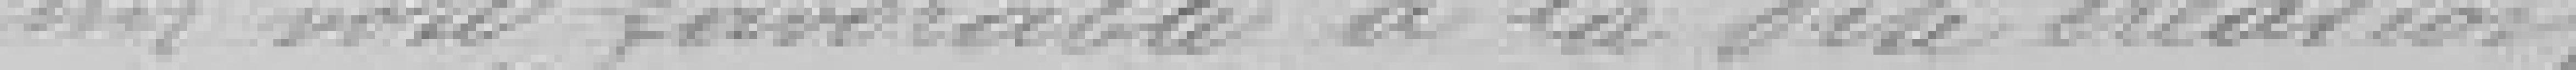
un vote favorable à la dite création.